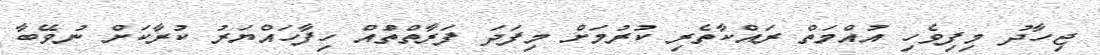
ޖިހާދު މިފިވެހި އުއްމަތް ރައްކާތެރި ކުރުމަށް މިފަދަ ފަރާތްތަްއް ހިފާހައްޔަރު ކުރާކަށް ނުވޭބާ